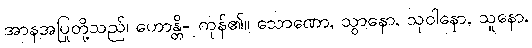
အာနအပြုတို့သည်၊ ဟောန္တိ- ကုန်၏။ သောဏော, သွာနော, သုဝါနော, သူနော,